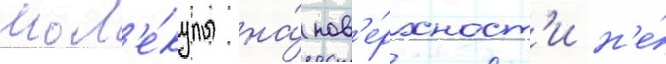
мол'е́кулы на́ пов'е́рхност'и н'е́